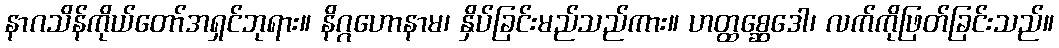
နာဂသိန်ကိုယ်တော်အရှင်ဘုရား။ နိဂ္ဂဟောနာမ၊ နှိပ်ခြင်းမည်သည်ကား။ ဟတ္ထစ္ဆေဒေါ၊ လက်ကိုဖြတ်ခြင်းသည်။